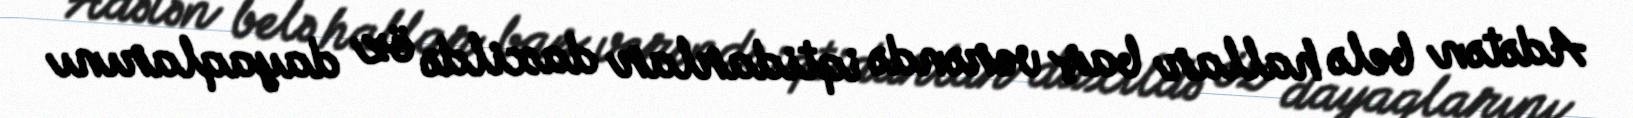
Adətən belə hallar baş verəndə iqtidarlar daxildə öz dayaqlarını